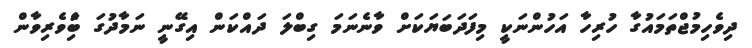
ދިވެހިމުޖްތަމައުގާ ހުރިހާ އަހުންނަކީ މިފަދަބަޔަކަށް ވާނެނަމަ ގިބްލަ ދައްކަން އިގޭނީ ނަމާދުގަ ބަެިވެރިވާން